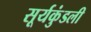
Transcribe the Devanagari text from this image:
सूर्यकुंडली